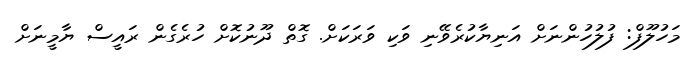
މަހުލޫފް: ފުލުހުންނަށް އަނިޔާކުރެވޭނި ވަކި ވަރަކަށް. ގޮތް ދޫނުކޮށް ހުރެގެން ރައީސް ޔާމީނަށް